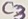
Text: C3